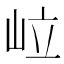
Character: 𡶧